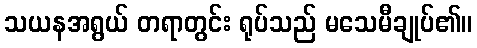
သယနအရွယ် တရာတွင်း ရုပ်သည် မသေမီချုပ်၏။